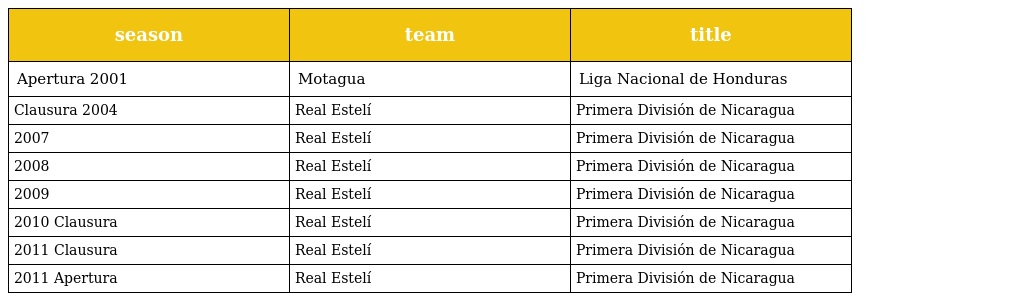
| season | team | title |
 | --- | --- | --- |
 | Apertura 2001 | Motagua | Liga Nacional de Honduras |
 | Clausura 2004 | Real Estelí | Primera División de Nicaragua |
 | 2007 | Real Estelí | Primera División de Nicaragua |
 | 2008 | Real Estelí | Primera División de Nicaragua |
 | 2009 | Real Estelí | Primera División de Nicaragua |
 | 2010 Clausura | Real Estelí | Primera División de Nicaragua |
 | 2011 Clausura | Real Estelí | Primera División de Nicaragua |
 | 2011 Apertura | Real Estelí | Primera División de Nicaragua |